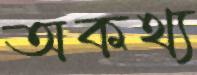
অকথ্য